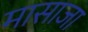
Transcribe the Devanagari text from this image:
मासाजा